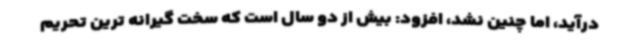
درآید، اما چنین نشد، افزود: بیش از دو سال است که سخت گیرانه ترین تحریم